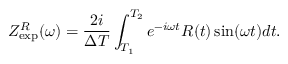
Z _ { \mathrm { e x p } } ^ { R } ( \omega ) = \frac { 2 i } { \Delta T } \int _ { T _ { 1 } } ^ { T _ { 2 } } e ^ { - i \omega t } R ( t ) \sin ( \omega t ) d t .